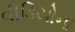
વીડિયોના